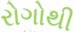
રોગોથી